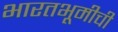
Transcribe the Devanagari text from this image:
भारतभूमीची